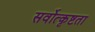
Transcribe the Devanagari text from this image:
सर्वोत्कृष्टता